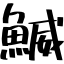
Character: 鰄